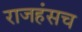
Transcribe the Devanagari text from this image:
राजहंसच